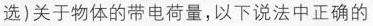
选)关于物体的带电荷量，以下说法中正确的